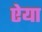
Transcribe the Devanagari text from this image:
ऐया